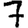
Digit: 7